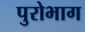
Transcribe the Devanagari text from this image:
पुरोभाग